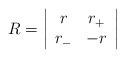
LaTeX: \begin{align*}R=\left|\begin{array}{cc}r & r_{+} \\r_{-} & -r\end{array}\right|\end{align*}